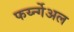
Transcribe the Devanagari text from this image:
फर्य्न्गेअल